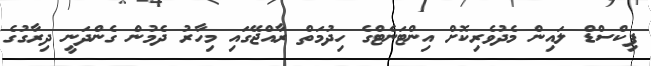
ފިކްސްޑް ލައިން މެދުވެރިކޮށް އިންޓަނެޓްގެ ހިދުމަތް ރާއްޖޭގައި މިހާރު ދެމުން ގެންދަނީ ދިރާގުގެ